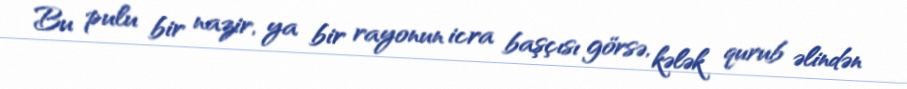
Bu pulu bir nazir, ya bir rayonun icra başçısı görsə, kələk qurub əlindən